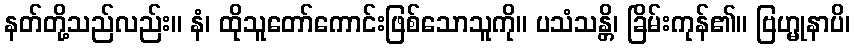
နတ်တို့သည်လည်း။ နံ၊ ထိုသူတော်ကောင်းဖြစ်သောသူကို။ ပသံသန္တိ၊ ခြိမ်းကုန်၏။ ဗြဟ္မုနာပိ၊